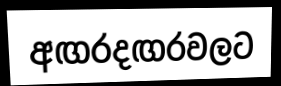
අඟරදඟරවලට